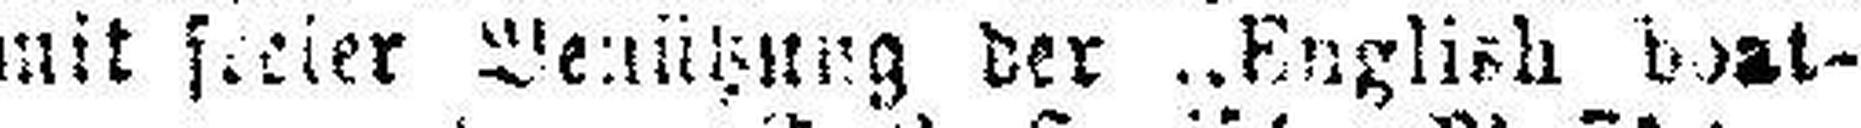
mit steier Benützung der English boat¬